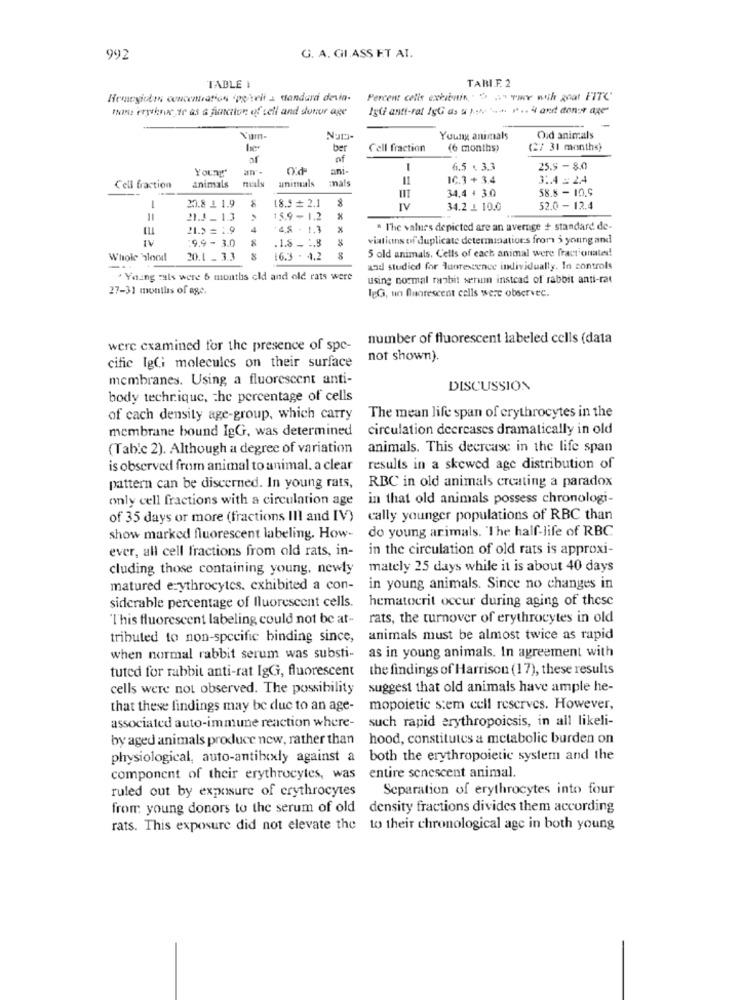
992
G. A. GHIASS ET AL.
TABI.F. 2
TABLE
Hemeyiotro concentration porrif . standard devia-
Percent colis exbientina Twee with goat FITC
this erptrue,ze as a function of cell and donor age
IgGi anti-rat /gG as & p .... "-+. ⑈ .. 4 and donor age
Young animals
Oud animals
ber
Cell fraction
(6 months)
(27 31 months)
of
Young"
an-
anı-
6.5 . 3.3
25.5 - 8.0
unitials
mals
11
IC.3+ 3.4
3.4 = 24
Cell fraction
animals
34.4 1 3.0
58.8 - 10.9
18.5 # 2.1
2.8 1 1.9
IV
34.2 .1 10.0
52.0 - 12.4
==
21.J_ 1.3
15.9 - 1.2
21.> = 1.9
4
4.8 . 1.3
* The values depicted are an average + standard de-
IV
9.9 - 3.0
.1.8 _ :. 3
viations of duplicate determinations from 3 young and
5 old animals, Cells of each animal were fractionates!
Whole blood
20.1 _ 3.3
16.3 - 4.2
and studied for luorescence individually. In controls
Young cuts were 6 months old and old rats were
using normal razbit serin instead of rabbit anti-rat
27-31 months of age.
JeG, un Quarescent cells were observec.
number of fluorescent labeled cells (data
were examined for the presence of spe-
cific IgGi molecules on their surface
not shown).
membranes. Using, a fluorescent anti-
DISCUSSION
body technique, the percentage of cells
of cach density age-group, which carry
The mean life span of erythrocytes in the
membrane bound IgG, was determined
circulation decreases dramatically in old
(Table 2). Although a degree of variation
animals. This decrease in the life span
is observed from animal to animal. a clear
results in a skewed age distribution of
pattern can be discerned. In young rats,
RBC in old animals creating a paradox
only cell fractions with a circulation age
in that old animals possess chronologi-
of 35 days or more (fractions III and IV)
cally younger populations of RBC than
do young arimals. 'The half-life of RBC
show marked fluorescent labeling. How-
ever, all cell fractions from old rats, in-
in the circulation of old rats is approxi-
cluding those containing young, newly
mately 25 days while it is about 40 days
matured erythrocytes. exhibited a con-
in young animals. Since no changes in
hematocrit occur during aging of these
siderable percentage of fluorescent cells.
This fluorescent labeling could not be at-
rats, the turnover of erythrocytes in old
tributed to non-specific binding since,
animals must be almost twice as rapid
when normal rabbit serum was substi-
as in young animals. In agreement with
tuted for rabbit anti-rat IgGi, fluorescent
the findings of Harrison (17), these results
cells were not observed. The possibility
suggest that old animals have ample he-
that these findings may be duc to an age-
mopoietic stem cell reserves. However,
such rapid erythropoicsis, in all likeli-
associated auto-immune reaction where-
by aged animals produce new, rather than hood, constitutes a metabolic burden on
physiological, auto-antibxly against a both the erythropoietic system and the
component of their erythrocytes, was
entire senescent animal.
ruled out by exposure of erythrocytes
Separation of erythrocytes into four
from: young donors to the serum of old density fractions divides them according
rats. This exposure did not elevate the to their chronological age in both young